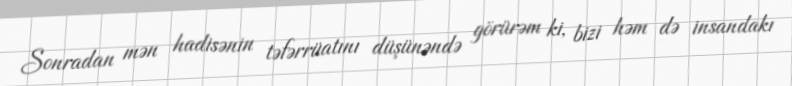
Sonradan mən hadisənin təfərrüatını düşünəndə görürəm ki, bizi həm də insandakı